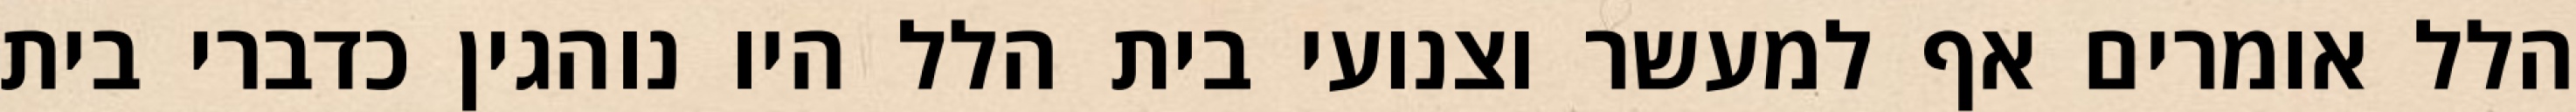
הלל אומרים אף למעשר וצנועי בית הלל היו נוהגין כדברי בית